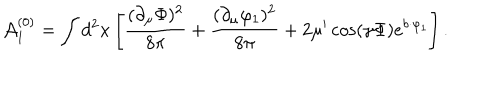
LaTeX: { \cal A } _ { 1 } ^ { ( 0 ) } = \int d ^ { 2 } x \left[ \frac { ( \partial _ { \mu } \Phi ) ^ { 2 } } { 8 \pi } + \frac { ( \partial _ { \mu } \varphi _ { 1 } ) ^ { 2 } } { 8 \pi } + 2 \mu ^ { \prime } \cos ( \gamma \Phi ) e ^ { b \cdot \varphi _ { 1 } } \right] .